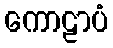
ကောဠာပံ